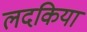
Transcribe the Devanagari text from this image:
लदकिया